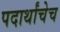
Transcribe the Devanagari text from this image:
पदार्थांचेच